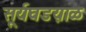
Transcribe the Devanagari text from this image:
सूर्यघडय़ाळ